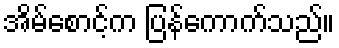
အိမ်စောင့်က ပြန်ကောက်သည်။